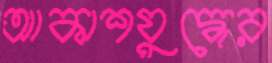
আকাশযুদ্ধের